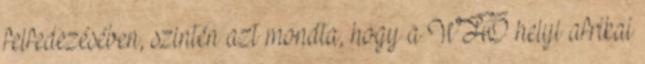
felfedezésében, szintén azt mondta, hogy a WHO helyi afrikai